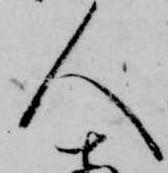
人